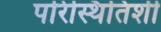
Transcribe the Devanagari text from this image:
परिस्थितिशी